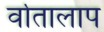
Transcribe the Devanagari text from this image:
र्वातालाप